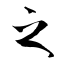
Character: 之